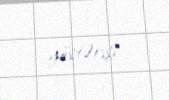
göstərişi.